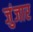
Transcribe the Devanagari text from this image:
जुंजार